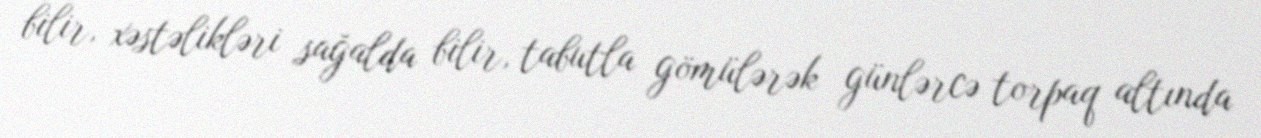
bilir, xəstəlikləri sağalda bilir, tabutla gömülərək günlərcə torpaq altında